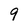
Character: 9